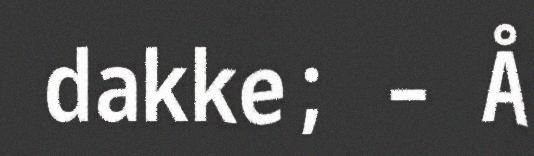
dakke; – Å